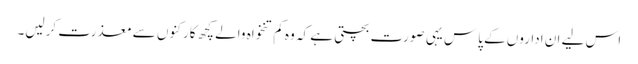
اس لیے ان اداروں کے پاس یہی صورت بچتی ہے کہ وہ کم تنخواہ والے کچھ کارکنوں سے معذرت کرلیں۔